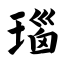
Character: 瑙